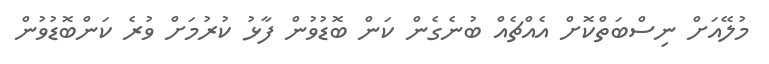
މުލޭއަށް ނިސްބަތްކޮށް އެއްޗެއް ބުނެގެން ކަން ބޮޑުވުން ފާޅު ކުރުމަށް ވުރެ ކަންބޮޑުވުން